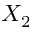
X _ { 2 }